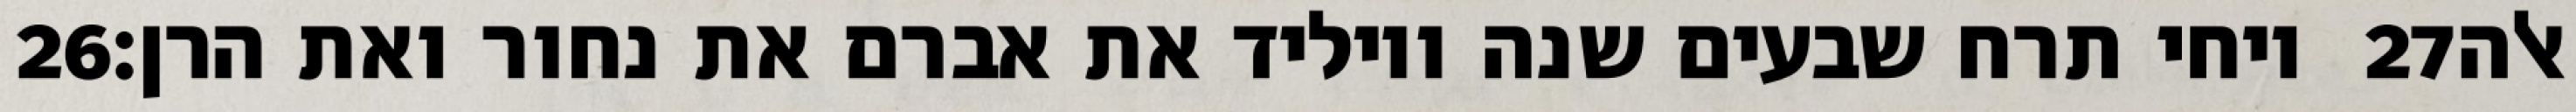
‎26‏ ויחי תרח שבעים שנה ויוליד את אברם את נחור ואת הרן׃ ‎27‏ אלה